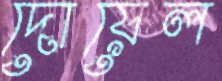
দোয়েল